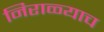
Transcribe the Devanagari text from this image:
निराळ्याच